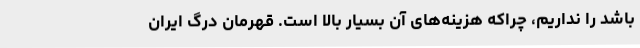
باشد را نداریم، چراکه هزینه‌های آن بسیار بالا است. قهرمان درگ ایران